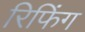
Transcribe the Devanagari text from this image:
रिफिंग